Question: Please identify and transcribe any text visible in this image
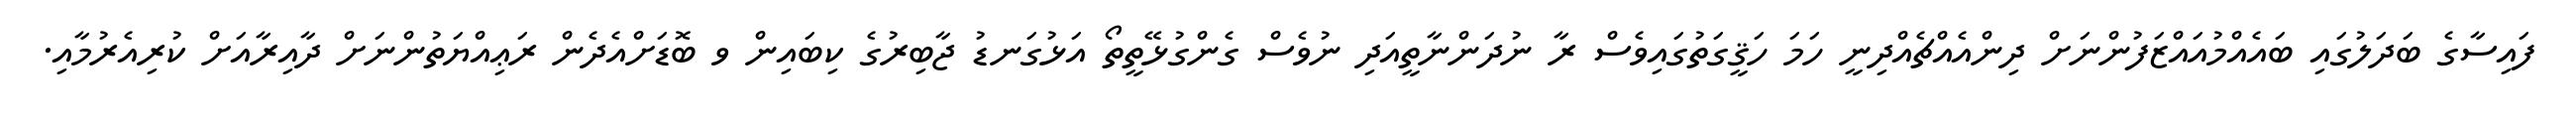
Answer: ފައިސާގެ ބަދަލުގައި ބައެއްމުއައްޒަފުންނަށް ދިންއެއްޗެއްދިނީ ހަމަ ހަޤީގަތުގައިވެސް ރާ ނުދަންނާތީއަދި ނުވެސް ގެންގުޅޭތީތޯ އަޅުގަނޑު ޖާބިރުގެ ކިބައިން ވ ބޮޑަށްއެދެން ރަޢިއްޔަތުންނަށް ދާއިރާއަށް ކުރިއެރުމާއި.